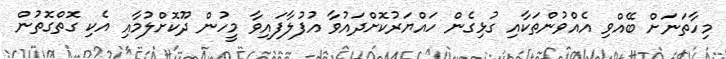
މިހާތަނަށް ބޭއްވި އެއްވުންތަކާއި ގުޅިގެން ހައްޔަރުކޮށްދައުވާ އުފުލާފައިވާ މީހުން ދޫކޮށްލުމާއި އެކި ގޮތްގޮތުން